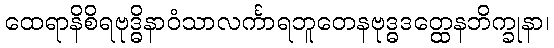
ထေရာနိစိရဗုဒ္ဓိနာဝံသာလင်္ကာရဘူတေနဗုဒ္ဓဒတ္ထေနဘိက္ခုနာ၊